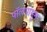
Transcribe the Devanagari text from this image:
पॉलपासून